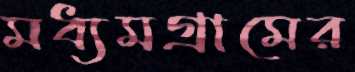
মধ্যমগ্রামের